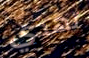
تهذي